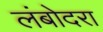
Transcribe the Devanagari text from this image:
लंबोदरा